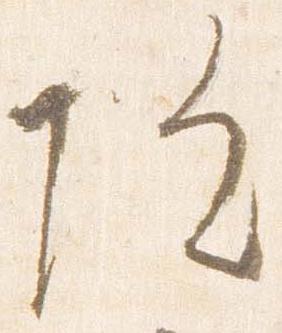
院